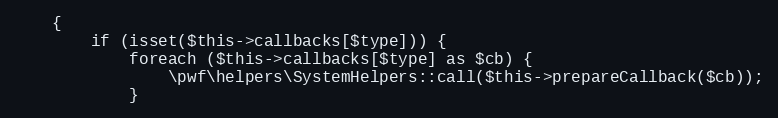
Language: PHP
    {
        if (isset($this->callbacks[$type])) {
            foreach ($this->callbacks[$type] as $cb) {
                \pwf\helpers\SystemHelpers::call($this->prepareCallback($cb));
            }